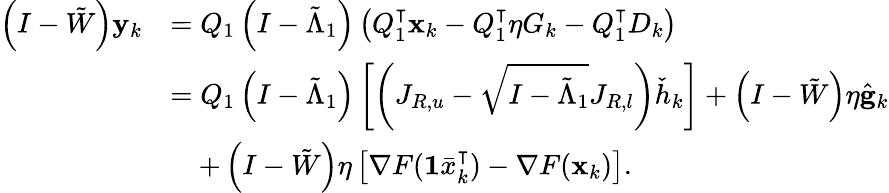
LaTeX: \begin{array}{rl}{\left(I-\tilde{W}\right)\mathbf{y}_{k}}&{=Q_{1}\left(I-\tilde{\Lambda}_{1}\right)\left(Q_{1}^{\intercal}\mathbf{x}_{k}-Q_{1}^{\intercal}\eta G_{k}-Q_{1}^{\intercal}D_{k}\right)}\\ &{=Q_{1}\left(I-\tilde{\Lambda}_{1}\right)\left[\left(J_{R,u}-\sqrt{I-\tilde{\Lambda}_{1}}J_{R,l}\right)\check{h}_{k}\right]+\left(I-\tilde{W}\right)\eta\hat{\mathbf{g}}_{k}}\\ &{\quad+\left(I-\tilde{W}\right)\eta\left[\nabla F(\mathbf{1}\bar{x}_{k}^{\intercal})-\nabla F(\mathbf{x}_{k})\right].}\end{array}